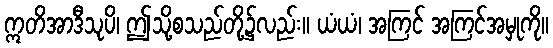
ဣတိအာဒီသုပိ၊ ဤသို့စသည်တို့၌လည်း။ ယံယံ၊ အကြင် အကြင်အမှုကို။